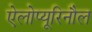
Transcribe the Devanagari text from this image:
ऐलोप्यूरिनौल